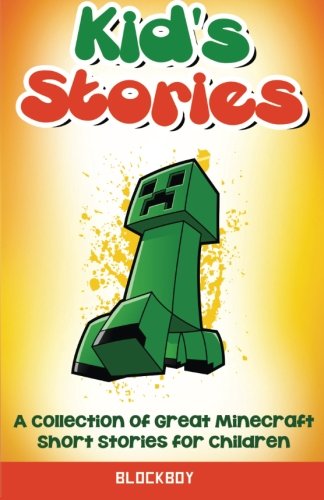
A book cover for Kid's Stories: A Collection of Great Minecraft Short Stories for Children: Unofficial Minecraft Fiction; BlockBoy; Children's Books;